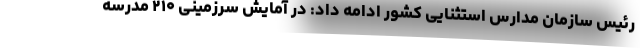
رئیس سازمان مدارس استثنایی کشور ادامه داد: در آمایش سرزمینی ۲۱۰ مدرسه